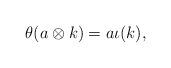
LaTeX: \begin{align*}\theta(a\otimes k)=a\iota(k),\end{align*}